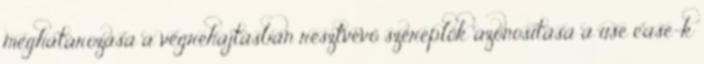
meghatározása a végrehajtásban résztvevő szereplők azonosítása a use case-k